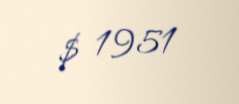
$ 1951